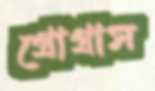
গ্রোগ্রাস